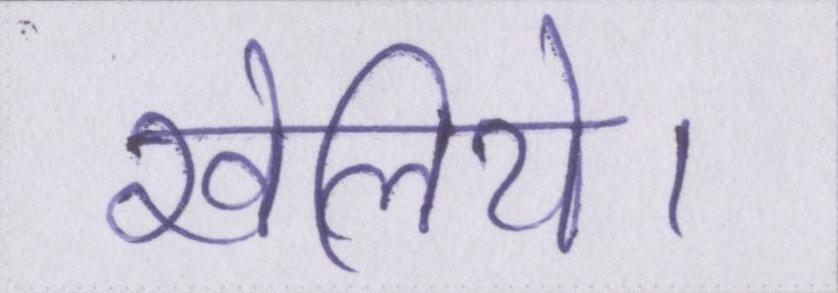
खेलिये।